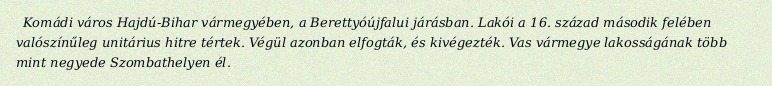
Komádi város Hajdú-Bihar vármegyében, a Berettyóújfalui járásban. Lakói a 16. század második felében valószínűleg unitárius hitre tértek. Végül azonban elfogták, és kivégezték. Vas vármegye lakosságának több mint negyede Szombathelyen él.